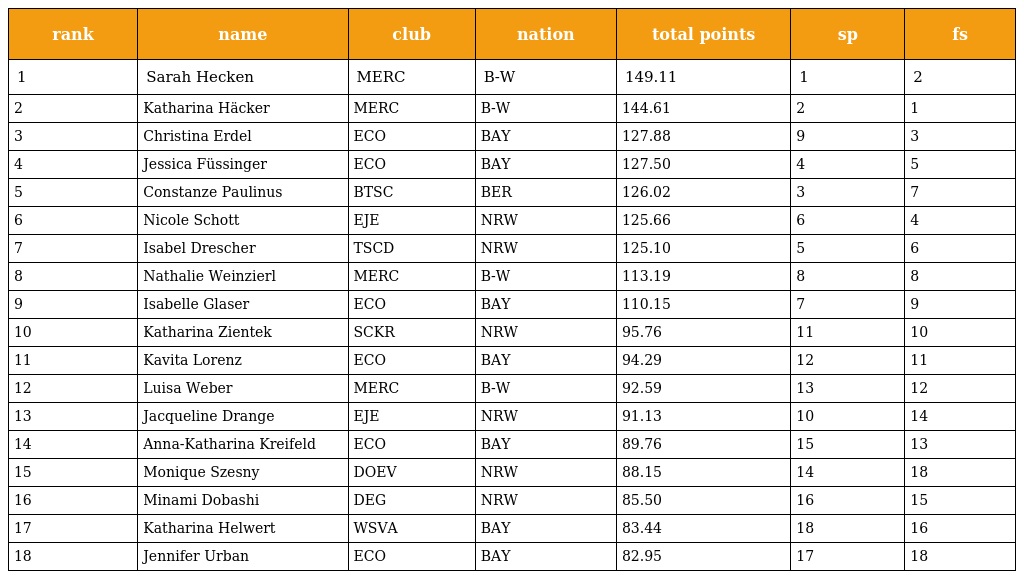
| rank | name | club | nation | total points | sp | fs |
 | --- | --- | --- | --- | --- | --- | --- |
 | 1 | Sarah Hecken | MERC | B-W | 149.11 | 1 | 2 |
 | 2 | Katharina Häcker | MERC | B-W | 144.61 | 2 | 1 |
 | 3 | Christina Erdel | ECO | BAY | 127.88 | 9 | 3 |
 | 4 | Jessica Füssinger | ECO | BAY | 127.50 | 4 | 5 |
 | 5 | Constanze Paulinus | BTSC | BER | 126.02 | 3 | 7 |
 | 6 | Nicole Schott | EJE | NRW | 125.66 | 6 | 4 |
 | 7 | Isabel Drescher | TSCD | NRW | 125.10 | 5 | 6 |
 | 8 | Nathalie Weinzierl | MERC | B-W | 113.19 | 8 | 8 |
 | 9 | Isabelle Glaser | ECO | BAY | 110.15 | 7 | 9 |
 | 10 | Katharina Zientek | SCKR | NRW | 95.76 | 11 | 10 |
 | 11 | Kavita Lorenz | ECO | BAY | 94.29 | 12 | 11 |
 | 12 | Luisa Weber | MERC | B-W | 92.59 | 13 | 12 |
 | 13 | Jacqueline Drange | EJE | NRW | 91.13 | 10 | 14 |
 | 14 | Anna-Katharina Kreifeld | ECO | BAY | 89.76 | 15 | 13 |
 | 15 | Monique Szesny | DOEV | NRW | 88.15 | 14 | 18 |
 | 16 | Minami Dobashi | DEG | NRW | 85.50 | 16 | 15 |
 | 17 | Katharina Helwert | WSVA | BAY | 83.44 | 18 | 16 |
 | 18 | Jennifer Urban | ECO | BAY | 82.95 | 17 | 18 |